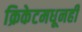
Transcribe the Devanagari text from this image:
क्रिकेटमधूनही